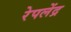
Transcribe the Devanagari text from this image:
रेपलेंद्र